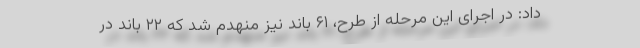
داد: در اجرای این مرحله از طرح، ۶۱ باند نیز منهدم شد که ۲۲ باند در